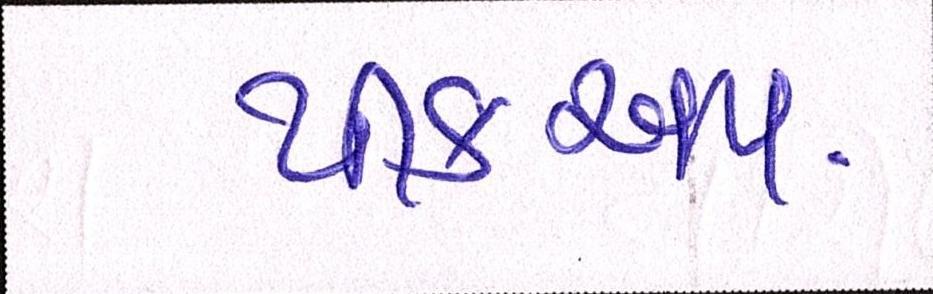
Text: પીકઅપ